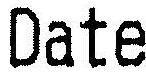
DATE